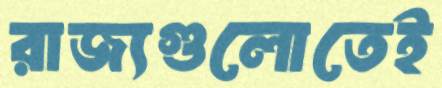
রাজ্যগুলোতেই